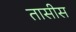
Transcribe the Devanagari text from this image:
तासीस